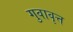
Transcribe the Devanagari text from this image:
गुवावृत्त